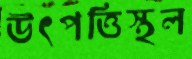
উৎপত্তিস্থল